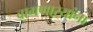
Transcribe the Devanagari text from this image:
वागणाऱ्यांना